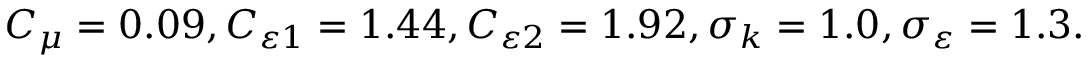
C _ { \mu } = 0 . 0 9 , C _ { \varepsilon 1 } = 1 . 4 4 , C _ { \varepsilon 2 } = 1 . 9 2 , \sigma _ { k } = 1 . 0 , \sigma _ { \varepsilon } = 1 . 3 .